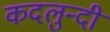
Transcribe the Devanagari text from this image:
कदलुन्दी